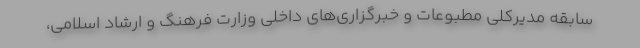
سابقه مدیرکلی مطبوعات و خبرگزاری‌های داخلی وزارت فرهنگ و ارشاد اسلامی،